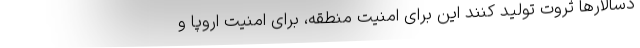
دسالارها ثروت تولید کنند این برای امنیت منطقه، برای امنیت اروپا و